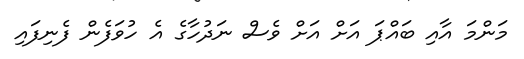
މަންމަ އާއި ބައްޕަ އަށް އަށް ވެސް ނަދުހާގެ އެ ހުވަފެން ފެނިފައި